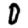
Digit: 0